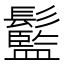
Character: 䰐